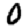
Digit: 0